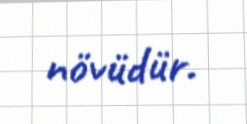
növüdür.